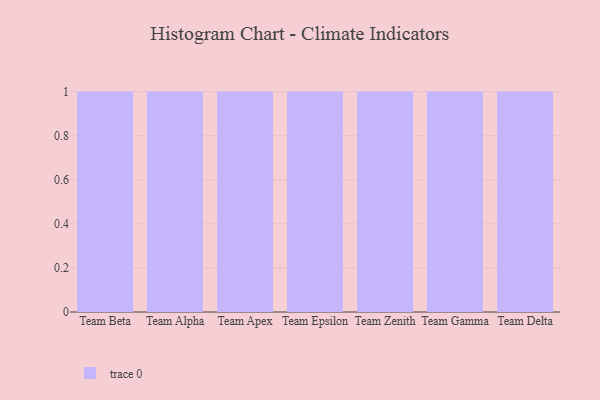
{"axis": {"x": "Team", "y": "Conversion Rate (%)"}, "legend": [""], "data": [{"x": "Team Beta", "y": 49, "type": ""}, {"x": "Team Alpha", "y": 72, "type": ""}, {"x": "Team Apex", "y": 36, "type": ""}, {"x": "Team Epsilon", "y": 7, "type": ""}, {"x": "Team Zenith", "y": 79, "type": ""}, {"x": "Team Gamma", "y": 77, "type": ""}, {"x": "Team Delta", "y": 42, "type": ""}]}